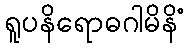
ရူပနိရောဓဂါမိနိံ